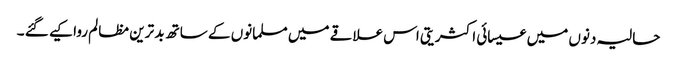
حالیہ دنوں میں عیسائی اکثریتی اس علاقے میں مسلمانوں کے ساتھ بد ترین مظالم روا کیے گئے ۔